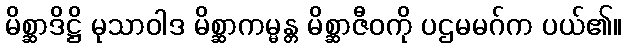
မိစ္ဆာဒိဋ္ဌိ မုသာဝါဒ မိစ္ဆာကမ္မန္တ မိစ္ဆာဇီဝကို ပဌမမဂ်က ပယ်၏။